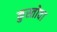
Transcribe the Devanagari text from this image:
कुस्तोवा